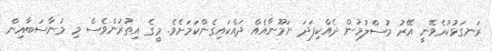
ރަނގަޅުކުރެވޭނީ އޭރު މުސްލުމުން ދެއްކިފަދަ ނަމޫނާއެއް ދައްކައިގެންކަމަށެވެ. މީގެ އިތުރުންވެސް މި މުނާސަބާއިން